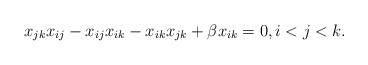
\begin{gather*}x_{jk}x_{ij}-x_{ij} x_{ik}-x_{ik} x_{jk}+\beta x_{ik}=0, i < j < k.\end{gather*}